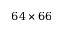
6 4 \times 6 6